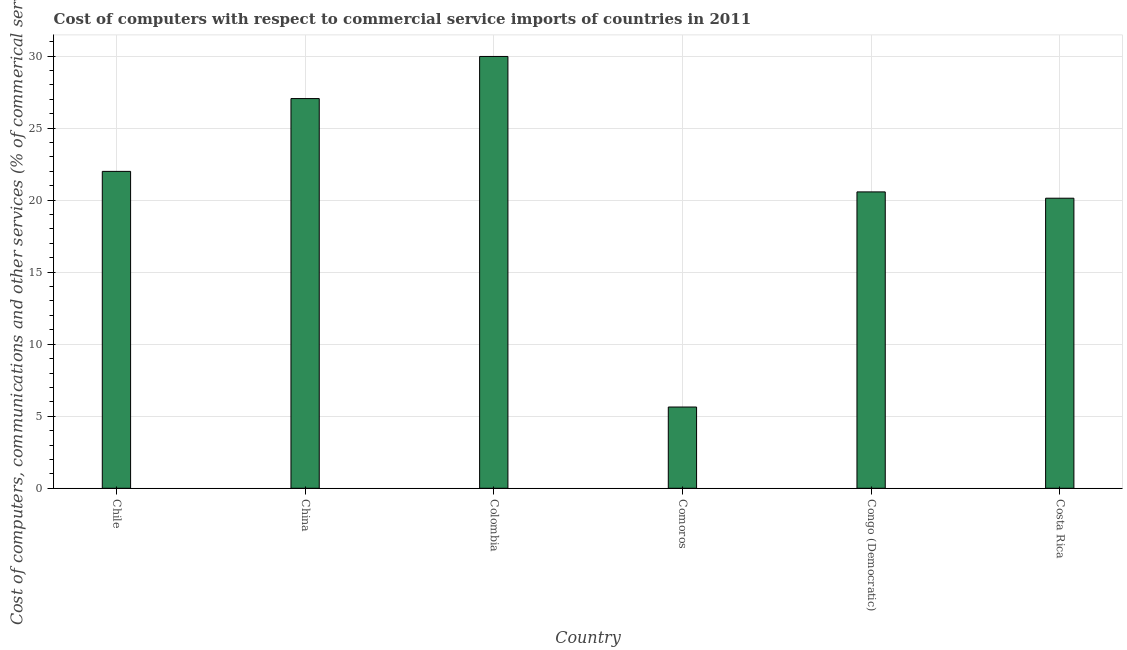
| Country | Computer |
 | --- | --- |
 | Chile | 22 |
 | China | 27 |
 | Colombia | 30 |
 | Comoros | 5.64 |
 | Congo (Democratic) | 20.6 |
 | Costa Rica | 20.1 |